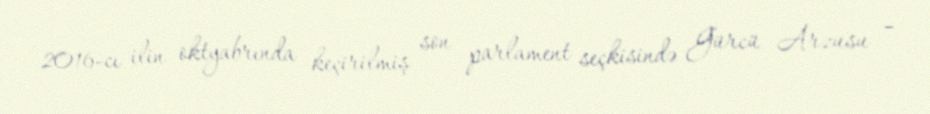
2016-cı ilin oktyabrında keçirilmiş son parlament seçkisində Gürcü Arzusu –